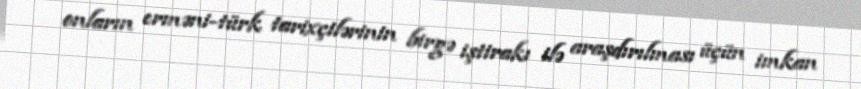
onların erməni-türk tarixçilərinin birgə iştirakı ilə araşdırılması üçün imkan